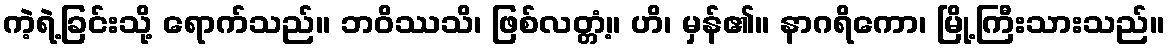
ကဲ့ရဲ့ခြင်းသို့ ရောက်သည်။ ဘဝိဿသိ၊ ဖြစ်လတ္တံ့။ ဟိ၊ မှန်၏။ နာဂရိကော၊ မြို့ကြီးသားသည်။